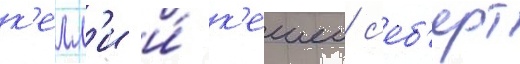
к'елл'и и́ к'ешеи с'еб'ерт